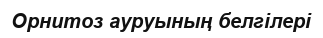
Орнитоз ауруының белгілері